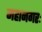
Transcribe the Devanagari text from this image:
महानगरः